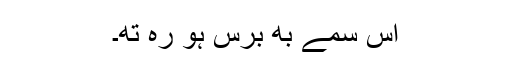
اُس سمے بھِ برِس ہو رہِ تھِ۔